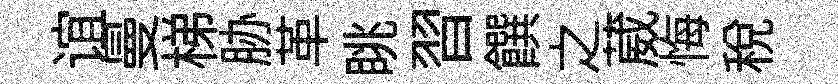
谊曼梯胁革眺習饌之葳悔稅